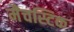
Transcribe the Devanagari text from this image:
मैचस्टिक